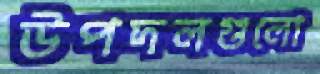
উপদলগুলো